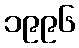
၁၉၉၆